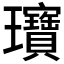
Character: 𬎞